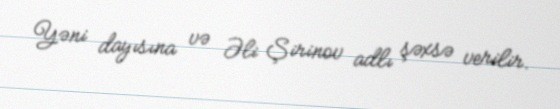
Yəni dayısına və Əli Şirinov adlı şəxsə verilir.